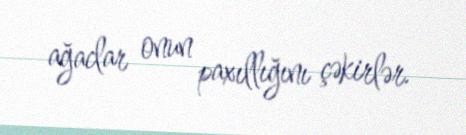
ağaclar onun paxıllığını çəkirlər.